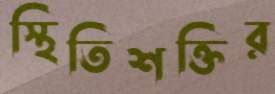
স্থিতিশক্তির